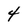
Character: 4